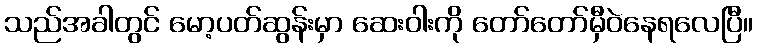
သည်အခါတွင် မော့ပတ်ဆွန်းမှာ ဆေးဝါးကို တော်တော်မှီဝဲနေရလေပြီ။